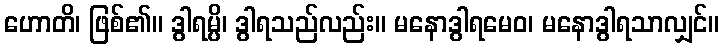
ဟောတိ၊ ဖြစ်၏။ ဒွါရမ္ပိ၊ ဒွါရသည်လည်း။ မနောဒွါရမေဝ၊ မနောဒွါရသာလျှင်။